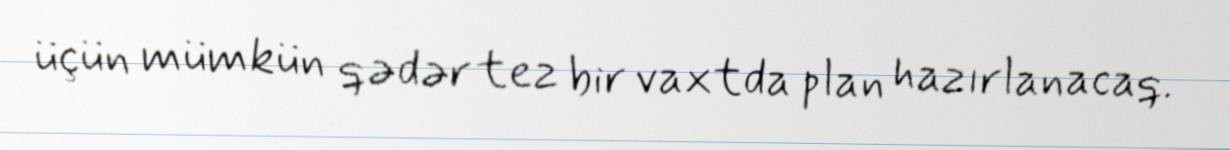
üçün mümkün qədər tez bir vaxtda plan hazırlanacaq.